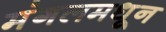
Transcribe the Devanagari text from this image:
मंगलमधून